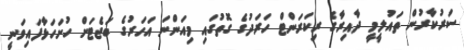
ސަރުކާރުން ތައުލީމީ ދާއިރާގެ ރިކަރަންޓް ހަރަދުގެ ގޮތުގައި މިއަންނަ އަހަރުގެ ބަޖެޓަށް ހުށަހަޅާފައިވަނީ